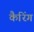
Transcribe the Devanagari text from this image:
कैरिंग